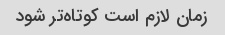
زمان لازم است کوتاه‌تر شود